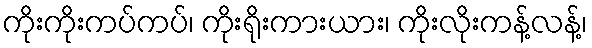
ကိုးကိုးကပ်ကပ်၊ ကိုးရိုးကားယား၊ ကိုးလိုးကန့်လန့်၊